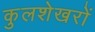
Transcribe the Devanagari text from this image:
कुलशेखरों